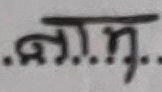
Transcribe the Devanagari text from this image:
ला.म.